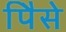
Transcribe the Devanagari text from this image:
पैिसे